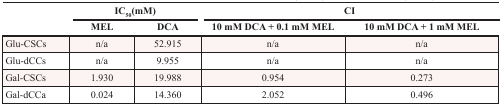
<table><thead><tr><td rowspan="2"></td><td colspan="2"><b>IC<sub>50</sub>(mM)</b></td><td colspan="2"><b>CI</b></td></tr><tr><td><b>MEL</b></td><td><b>DCA</b></td><td><b>10 mM DCA + 0.1 mM MEL</b></td><td><b>10 mM DCA + 1 mM MEL</b></td></tr></thead><tbody><tr><td>Glu-CSCs</td><td>n/a</td><td>52.915</td><td>n/a</td><td>n/a</td></tr><tr><td>Glu-dCCs</td><td>n/a</td><td>9.955</td><td>n/a</td><td>n/a</td></tr><tr><td>Gal-CSCs</td><td>1.930</td><td>19.988</td><td>0.954</td><td>0.273</td></tr><tr><td>Gal-dCCa</td><td>0.024</td><td>14.360</td><td>2.052</td><td>0.496</td></tr></tbody></table>